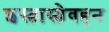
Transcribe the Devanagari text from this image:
शस्त्रास्त्रेवहन